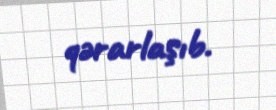
qərarlaşıb.